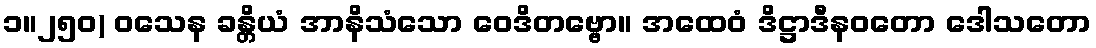
၁။၂၅၀) ဝသေန ခန္တိယံ အာနိသံသော ဝေဒိတဗ္ဗော။ အထေဝံ ဒိဋ္ဌာဒီနဝတော ဒေါသတော